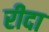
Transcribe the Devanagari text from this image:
रीदा